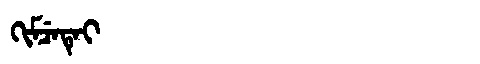
Manchu: ᡴᡳᠮᠴᡝᡨᡝᡳ
Romanization: KIMCETEI